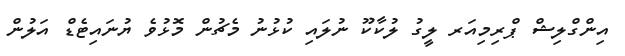
އިންގްލިޝް ޕްރިމިއަރ ލީގު ލުކާކޫ ނުލައި ކުޅުނު މެޗުން މޮޅުވެ ޔުނައިޓެޑް އަލުން